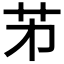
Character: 𦬌